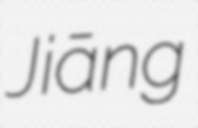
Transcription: Jiāng